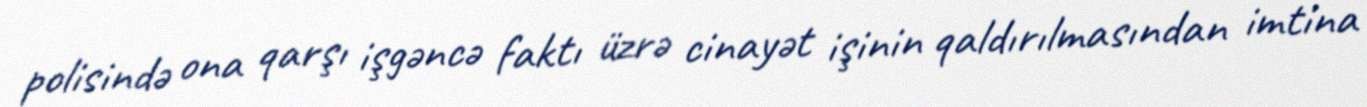
polisində ona qarşı işgəncə faktı üzrə cinayət işinin qaldırılmasından imtina